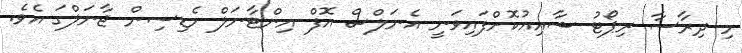
މި ދިރާސާ ރިޕޯޓު ޝާއިއުކޮށްފައިވަނީ އެނަލްސް އޮފް އިންޓާނަލް މެޑިސިން ޖާނަލްގަ އެވެ.